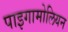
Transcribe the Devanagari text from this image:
पाइगामोलियन